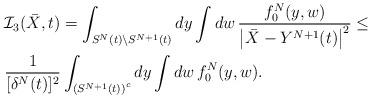
LaTeX: \begin{align*} & \mathcal{I}_3(\bar X, t)= \int_{S^N(t)\setminus S^{N+1}(t)}dy\int dw\,\frac{f_0^N(y,w)}{\left|\bar{X}-Y^{N+1}(t)\right|^2}\leq\\&\frac{1}{[\delta^N(t)]^2} \int_{\left(S^{N+1}(t)\right)^c}dy\int dw\,f_0^N(y,w). \end{align*}